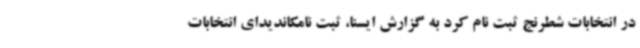
در انتخابات شطرنج ثبت نام کرد به گزارش ایسنا، ثبت نامکاندیدای انتخابات